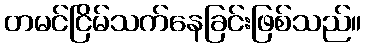
တမင်ငြိမ်သက်နေခြင်းဖြစ်သည်။